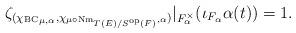
LaTeX: \begin{align*}\begin{aligned}\zeta_{({\chi_{\mathrm{BC}}}_{\mu,\alpha},\chi_{\mu\circ\mathrm{Nm}_{T(E)/S^{\mathrm{op}}(F)},\alpha})}|_{F_{\alpha}^{\times}}(\iota_{F_\alpha}\alpha(t))=1.\end{aligned}\end{align*}